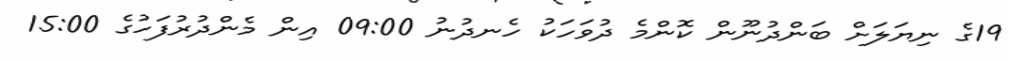
19ގެ ނިޔަލަށް ބަންދުނޫން ކޮންމެ ދުވަހަކު ހެނދުނު 09:00 އިން މެންދުރުފަހުގެ 15:00